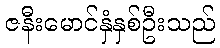
ဇနီးမောင်နှံနှစ်ဦးသည်